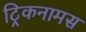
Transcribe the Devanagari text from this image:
ट्रिकनामस